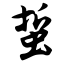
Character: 蜇